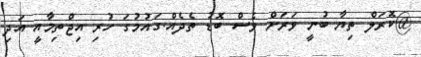
@ކޮރަލް ތިޔާ ބުނީ ވަރަށް ވެސް ބޮޑު ތެދެއް.ގައުމުގަ ހުރި އިޖްތިމާއީ އަދި